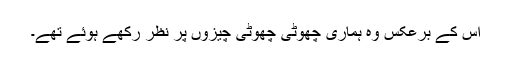
اس کے برعکس وہ ہماری چھوٹی چھوٹی چیزوں پر نظر رکھے ہوئے تھے۔